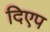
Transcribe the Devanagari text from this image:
दिएप